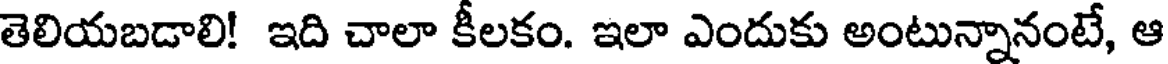
తెలియబడాలి! ఇది చాలా కీలకం. ఇలా ఎందుకు అంటున్నానంటే, ఆ